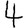
Digit: 4